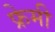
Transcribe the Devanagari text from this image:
फ्रेमी